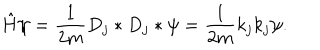
{ \hat { H } } \psi = \frac { 1 } { 2 m } D _ { j } \ast D _ { j } \ast \psi = \frac { 1 } { 2 m } k _ { j } k _ { j } \psi .